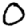
Digit: 0